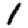
Digit: 1